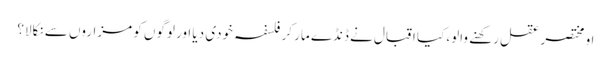
او مختصر عقل رکھنے والو، کیا اقبال نے ڈنڈے مار کر فلسفہ خودی دیا اور لوگوں کو مزاروں سے نکالا؟